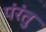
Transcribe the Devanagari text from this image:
पंरंतु